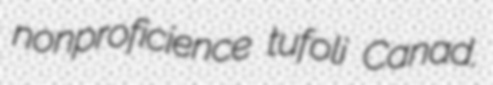
nonproficience tufoli Canad.